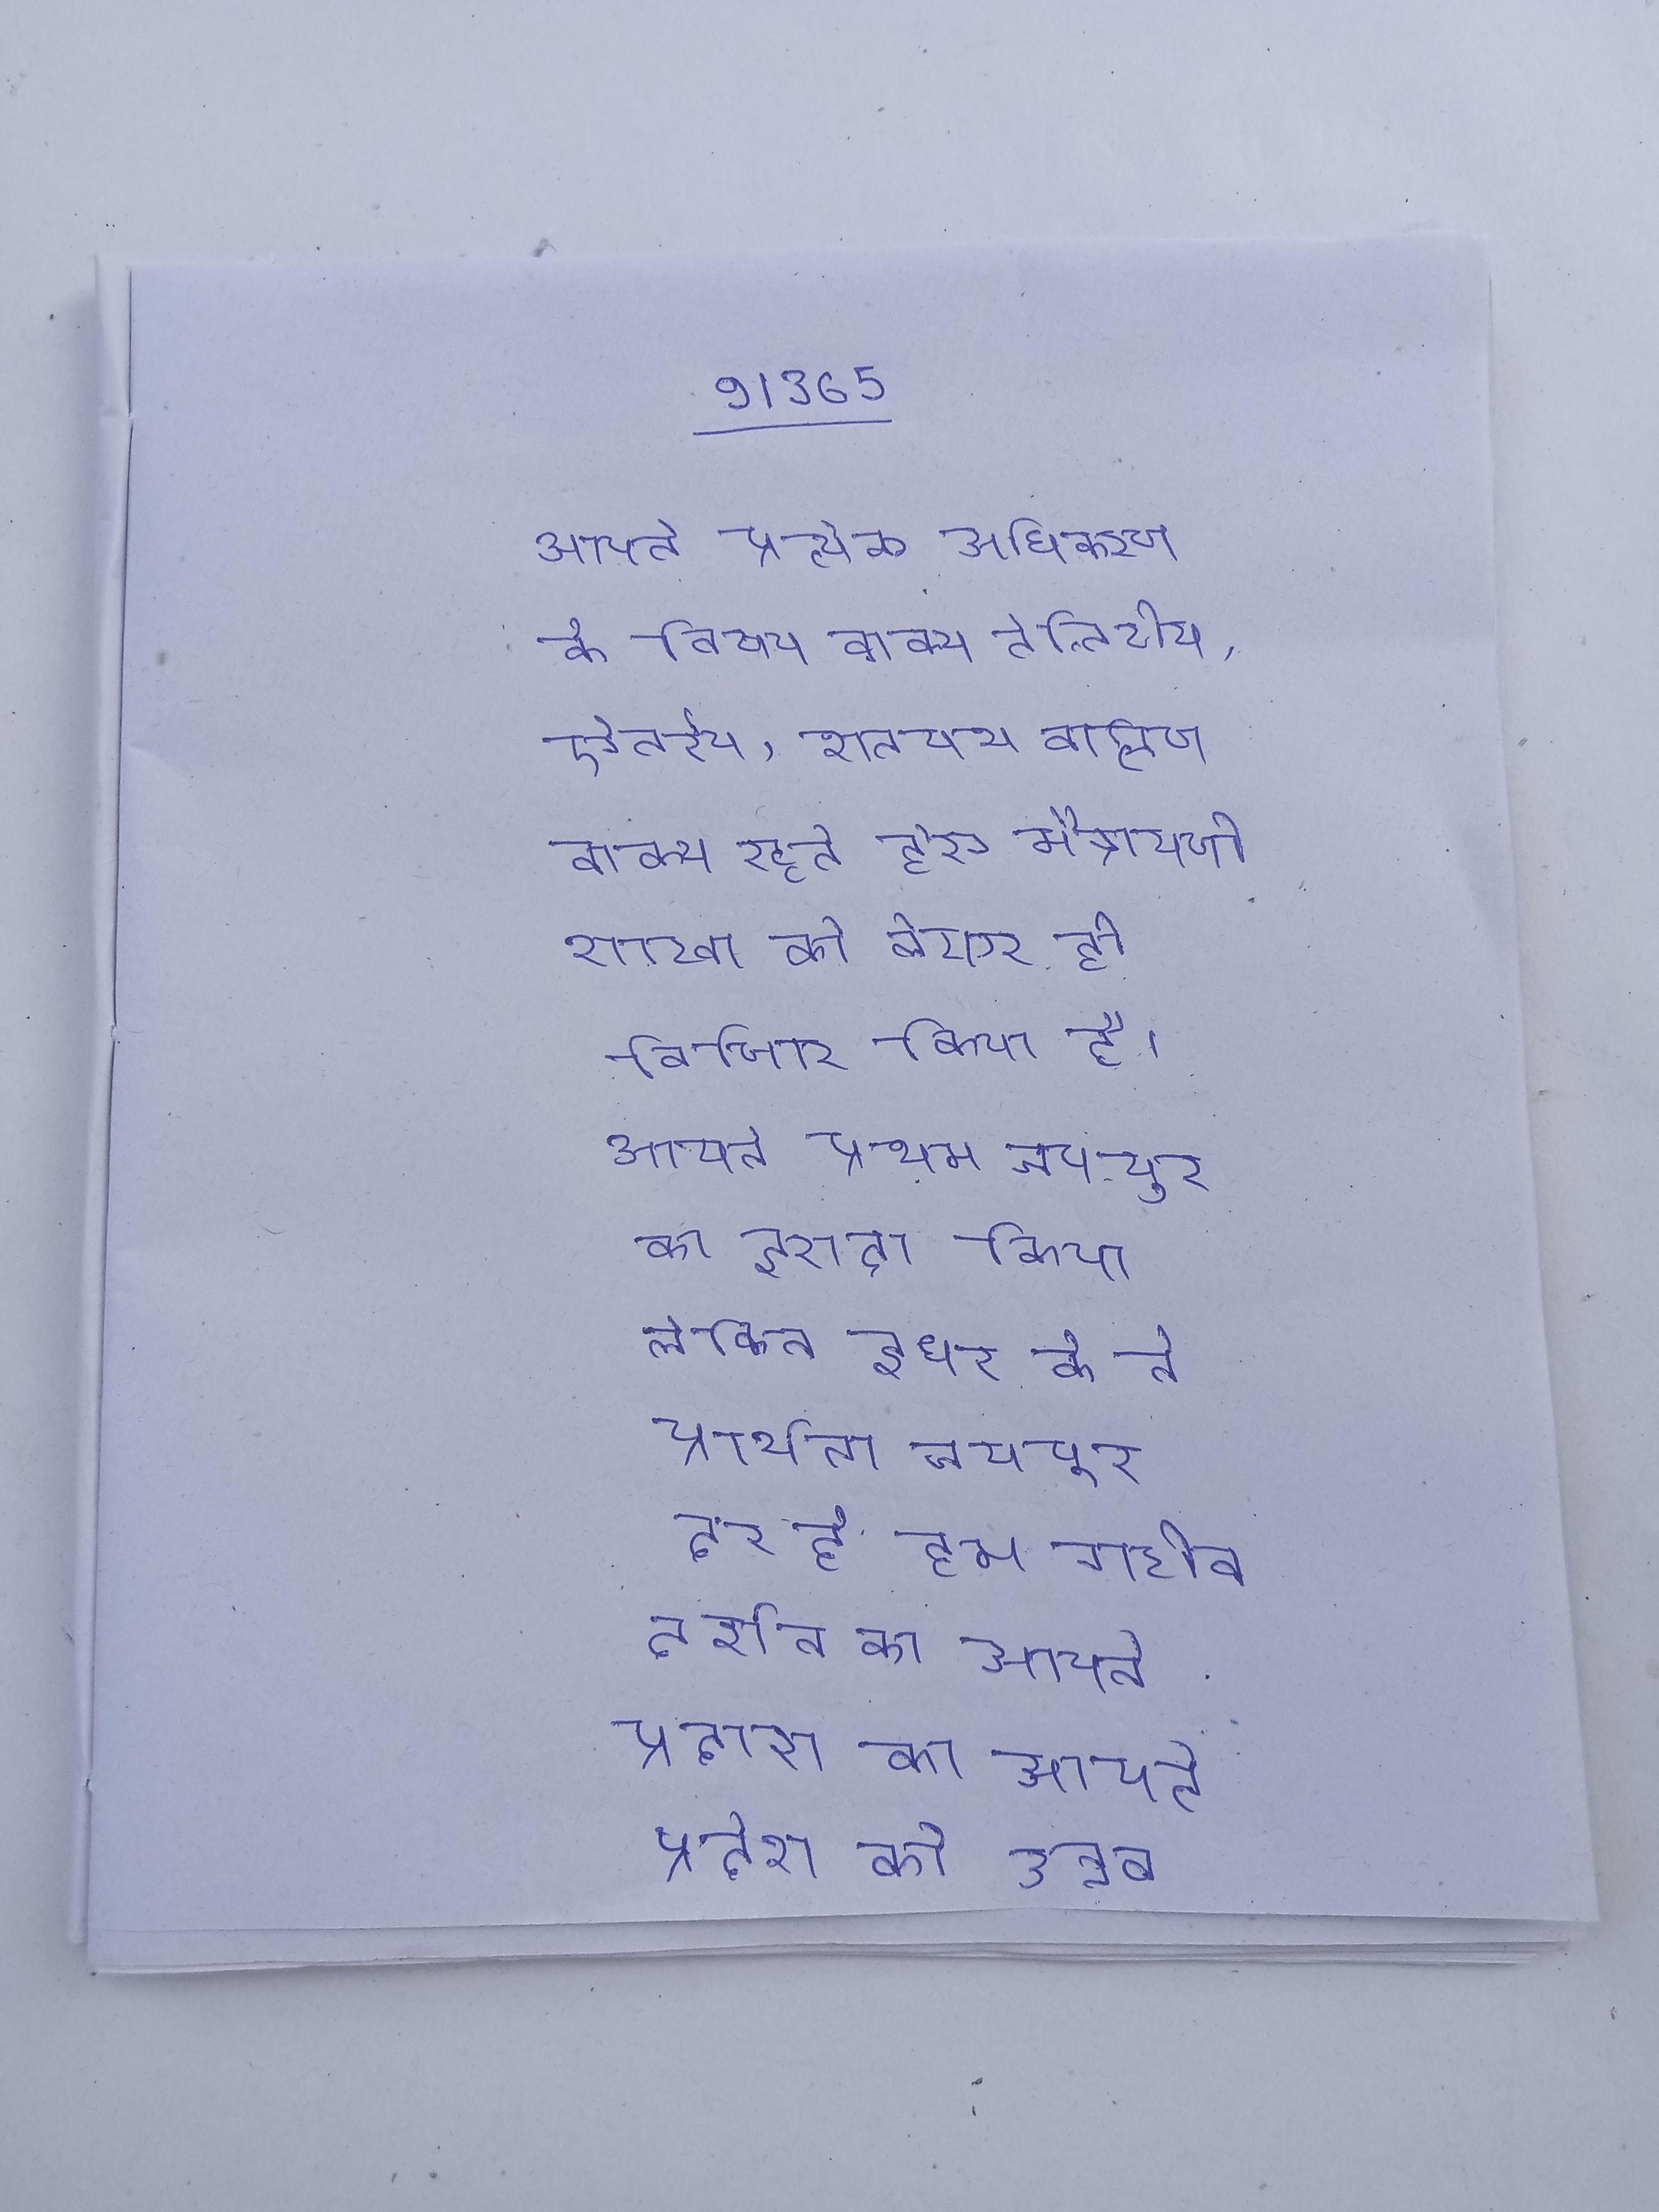
आपने प्रत्येक अधिकरण के विषय वाक्य तैत्तिरीय, ऐतरेय, शतपथ ब्राह्मण वाक्य रहते हुए मैत्रायणी शाखा को लेकर ही विचार किया है । आपने प्रथम जयपुर का इरादा किया लेकिन इधर के ने प्रार्थना जयपुर दूर है हम गरीब आदमी कैसे आपके दर्शन को आपने प्रदेश को उन्नत कर महाविघालय का स्टार प्रदान करने के साथ-साथ शाला को विश्व विघालय अनुदान आयोग का ग्रेड दिलाने उल्लेखनीय योगदान दिया ।